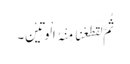
ثُمَّ لَقَطَعْنَا مِنْہُ الْوَتِیْنَ۔